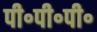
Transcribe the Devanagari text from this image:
पी॰पी॰पी॰